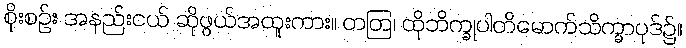
စိုးစဉ်း အနည်းငယ် ဆိုဖွယ်အထူးကား။ တတြ၊ ထိုဘိက္ခုပါတိမောက်သိက္ခာပုဒ်၌။